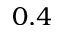
0 . 4